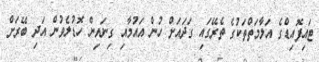
ޓައިފޮއިޑްގެ އަލާމަތްތަކުގެ ތެރޭގައި ގަދައަށް ހުން އައުމާއި ގިނައިން ހޮޑުލެވުން އަދި ބޭރަށް